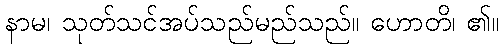
နာမ၊ သုတ်သင်အပ်သည်မည်သည်။ ဟောတိ၊ ၏။